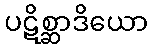
ပဋိစ္ဆာဒိယော